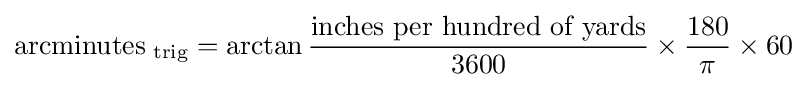
{\text{arcminutes}}_{\text{ trig}}=\arctan {\frac {\text{inches per hundred of yards}}{3600}}\times {\frac {180}{\pi }}\times 60